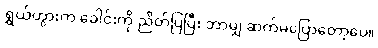
ရွှယ်ဟွားက ခေါင်းကို ညိတ်ပြပြီး ဘာမျှ ဆက်မပြောတော့ပေ။